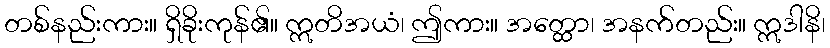
တစ်နည်းကား။ ရှိခိုးကုန်၏။ ဣတိအယံ၊ ဤကား။ အတ္ထော၊ အနက်တည်း။ ဣဒါနိ၊